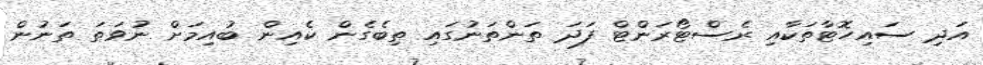
އަދި ސައިހޮޓާތަކާއި ރެސްޓޯރަންޓް ފަދަ ތަންތަނުގައި ތިބެގެން ކެއިން ބުއިމަށް ނުވަތަ ތަނުން